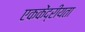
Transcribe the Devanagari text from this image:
एककेंद्रीयता